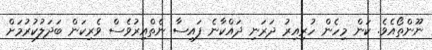
ނޫންތޯއެވެ. ކަން މިހެން ހުރިއިރު ދަރަނި ދައްކާނެ ފައިސާ ނެތްއިރުވެސް ވެރިކަން ބަދަލުކުރުމަށް